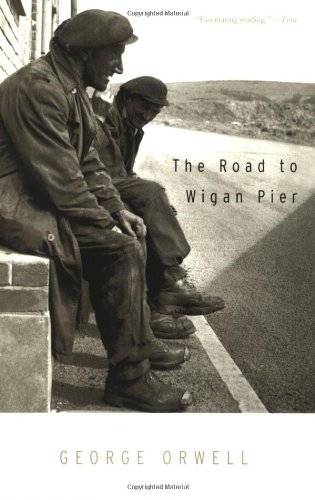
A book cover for The Road to Wigan Pier; George Orwell; Politics & Social Sciences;